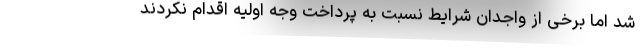
شد اما برخی از واجدان شرایط نسبت به پرداخت وجه اولیه اقدام نکردند